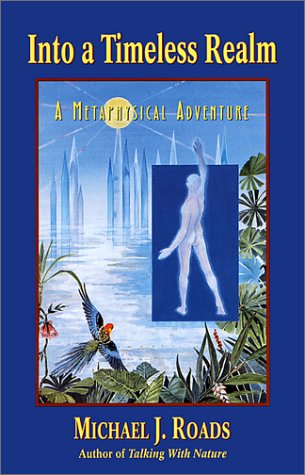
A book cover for Into a Timeless Realm: A Metaphysical Adventure; Michael J. Roads; Biographies & Memoirs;